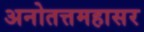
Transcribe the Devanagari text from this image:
अनोतत्तमहासर